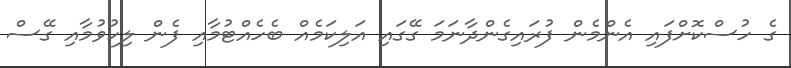
ގެ ހުސްކޮށްފައި އެންމެން ފުރައިގެންދާނަމަ ގޭގައި އަލިކަމެއް ބެހެއްޓުމާއި ފެން ލިކުވުމާއި ގޭސް